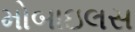
મોબાઇલસ